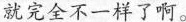
就完全不一样了。